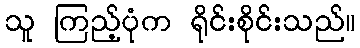
သူ ကြည့်ပုံက ရိုင်းစိုင်းသည်။